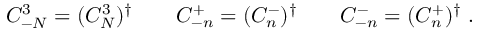
C _ { - N } ^ { 3 } = ( C _ { N } ^ { 3 } ) ^ { \dagger } \qquad C _ { - n } ^ { + } = ( C _ { n } ^ { - } ) ^ { \dagger } \qquad C _ { - n } ^ { - } = ( C _ { n } ^ { + } ) ^ { \dagger } \; .